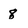
Character: 8